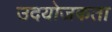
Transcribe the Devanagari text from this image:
उदयोजकता